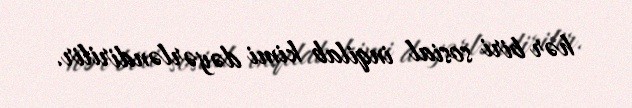
hər biri sosial inqilab kimi dəyərləndirilir.